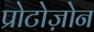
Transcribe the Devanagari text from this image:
प्रोटोज़ोन